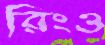
রিংও